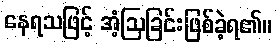
နေရသဖြင့် အံ့ဩခြင်းဖြစ်ခဲ့ရ၏။